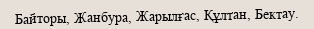
Байторы, Жанбура, Жарылғас, Құлтан, Бектау.